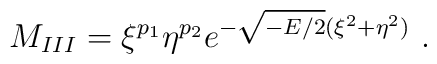
M_{III}=\xi^{p_1}\eta^{p_2}e^{-\sqrt{-E/2}(\xi^2+\eta^2)}\ .